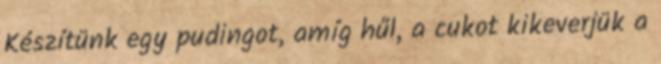
Készítünk egy pudingot, amíg hűl, a cukot kikeverjük a